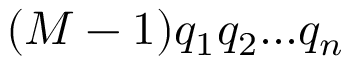
( M - 1 ) q _ { 1 } q _ { 2 } . . . q _ { n }